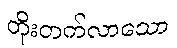
တိုးတက်လာသော